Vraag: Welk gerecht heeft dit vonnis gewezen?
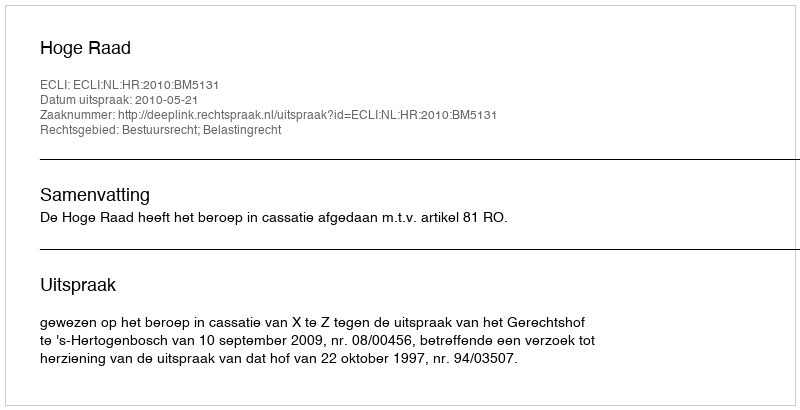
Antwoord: Hoge Raad